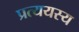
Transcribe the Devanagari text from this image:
प्रत्ययस्य